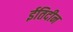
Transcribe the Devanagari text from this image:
ईतिदीन